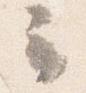
云